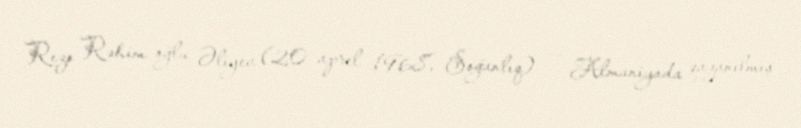
Rezo Rəhim oğlu Əliyev (20 aprel 1968, Soğanlıq) — Almaniyada qazanılmış